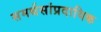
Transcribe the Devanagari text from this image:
समर्थसांप्रदायिक